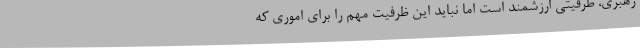
رهبری، ظرفیتی ارزشمند است اما نباید این ظرفیت مهم را برای اموری که